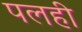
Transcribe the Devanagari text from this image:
पलही